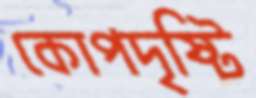
কোপদৃষ্টি